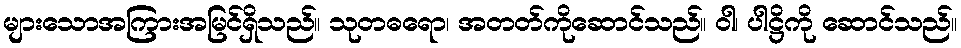
များသောအကြားအမြင်ရှိသည်။ သုတဓရော၊ အတတ်ကိုဆောင်သည်။ ဝါ၊ ပါဋ္ဌိကို ဆောင်သည်။